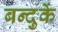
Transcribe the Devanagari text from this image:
बन्दुकें